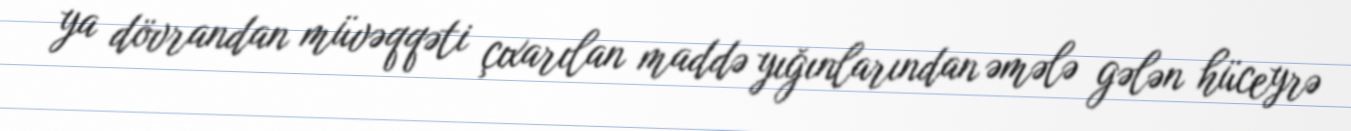
ya dövrandan müvəqqəti çıxarılan maddə yığınlarından əmələ gələn hüceyrə